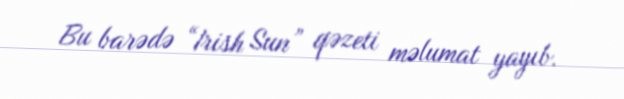
Bu barədə “Irish Sun” qəzeti məlumat yayıb.